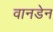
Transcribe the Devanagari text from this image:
वानडेन